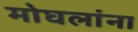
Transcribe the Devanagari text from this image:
मोघलांना